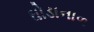
ઘોડાનાળ